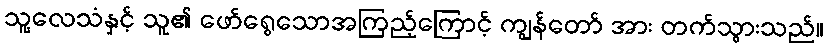
သူ့လေသံနှင့် သူ၏ ဖော်ရွေသောအကြည့်ကြောင့် ကျွန်တော် အား တက်သွားသည်။